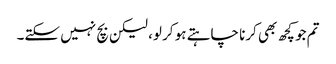
تم جو کچھ بھی کرنا چاہتے ہو کر لو، لیکن بچ نہیں سکتے۔